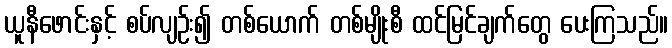
ယူနီဖောင်းနှင့် စပ်လျဉ်း၍ တစ်ယောက် တစ်မျိုးစီ ထင်မြင်ချက်တွေ ပေးကြသည်။